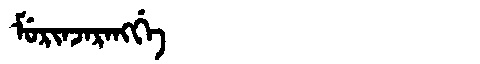
Manchu: ᠮᡠᡵᡳᠨᠵᠠᡵᠠᠩᡤᡝ
Romanization: MURINJARANGGE